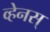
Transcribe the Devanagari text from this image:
व्हेनस्